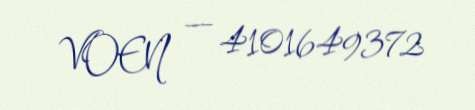
VOEN — 4101649372